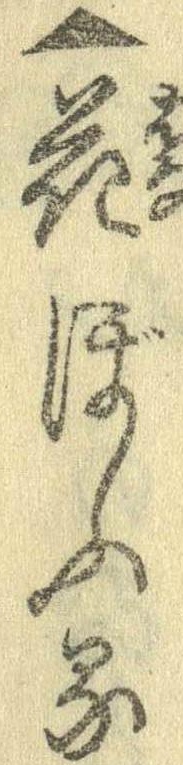
▲花ぼふる